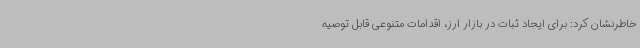
خاطرنشان کرد: برای ایجاد ثبات در بازار ارز، اقدامات متنوعی قابل توصیه